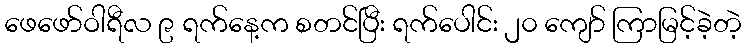
ဖေဖော်ဝါရီလ ၉ ရက်နေ့က စတင်ပြီး ရက်ပေါင်း ၂၀ ကျော် ကြာမြင့်ခဲ့တဲ့